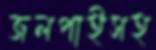
জলপাইসহ